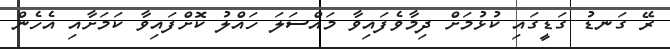
ރޭ ގަނޑު ގަޑީގައި ކުޅުމަށް ދިމާވެފައިވާ މައްސަލަ ހައްލު ކޮށްފައިވާ ކަމަށާއި އެހެން